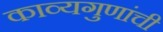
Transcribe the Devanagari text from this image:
काव्यगुणांची